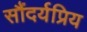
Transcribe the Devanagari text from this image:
सौंदर्यप्रिय